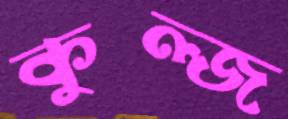
কুল্জ